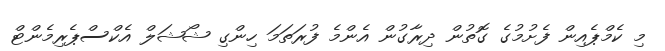
މި ކެމްޕެއިން ފެށުމުގެ ގޮތުން ދިރާގުން އެންމެ ފުރަތަމަ ހިންގި ޝޯޝަލް އެކްސްޕެރިމެންޓް